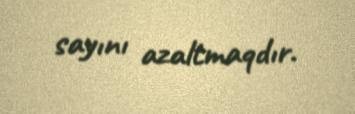
sayını azaltmaqdır.